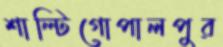
শাল্টিগোপালপুর